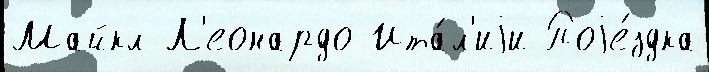
Майкл Л'еонардо Ита́л'иjи Поjе́здка